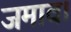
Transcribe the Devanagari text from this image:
जमाव।